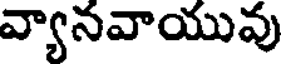
వ్యానవాయువు